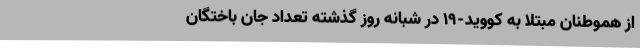
از هموطنان مبتلا به کووید-۱۹ در شبانه روز گذشته تعداد جان باختگان